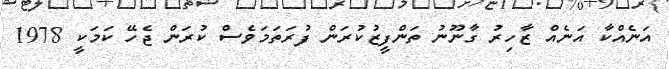
އަނެއްކާ އަނެއް ޒާހިރު ގާނޫނު ތަންފީޒުކުރަން ފުރަތަމަވެސް ކުރަން ޖެހޭ ކަމަކީ 1978